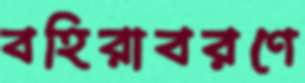
বহিরাবরণে